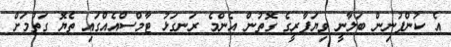
އެ ކުންފުނިން ބަލާނީ ވިޔަފާރީގެ ގޮތުން އެންމެ ރަނގަޅު ޓާމްސްއެއްގައި ތެޔޮ ގަތުމަށް